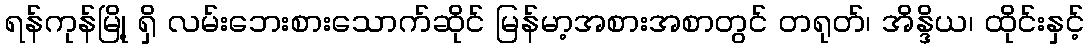
ရန်ကုန်မြို့ ရှိ လမ်းဘေးစားသောက်ဆိုင် မြန်မာ့အစားအစာတွင် တရုတ်၊ အိန္ဒိယ၊ ထိုင်းနှင့်